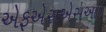
એફએસએસઆઈ